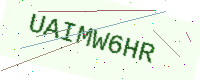
Text: UAIMW6HR